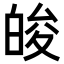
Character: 𤽭